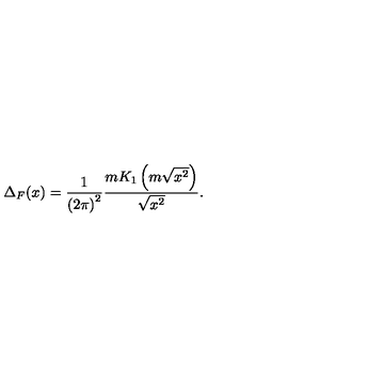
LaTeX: \Delta _ { F } ( x ) = \frac { 1 } { { ( 2 \pi ) } ^ { 2 } } \frac { m K _ { 1 } \left( m \sqrt { x ^ { 2 } } \right) } { \sqrt { x ^ { 2 } } } .